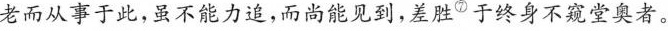
老而从事于此，虽不能力追，而尚能见到，差胜⑦于终身不窥堂奥者。